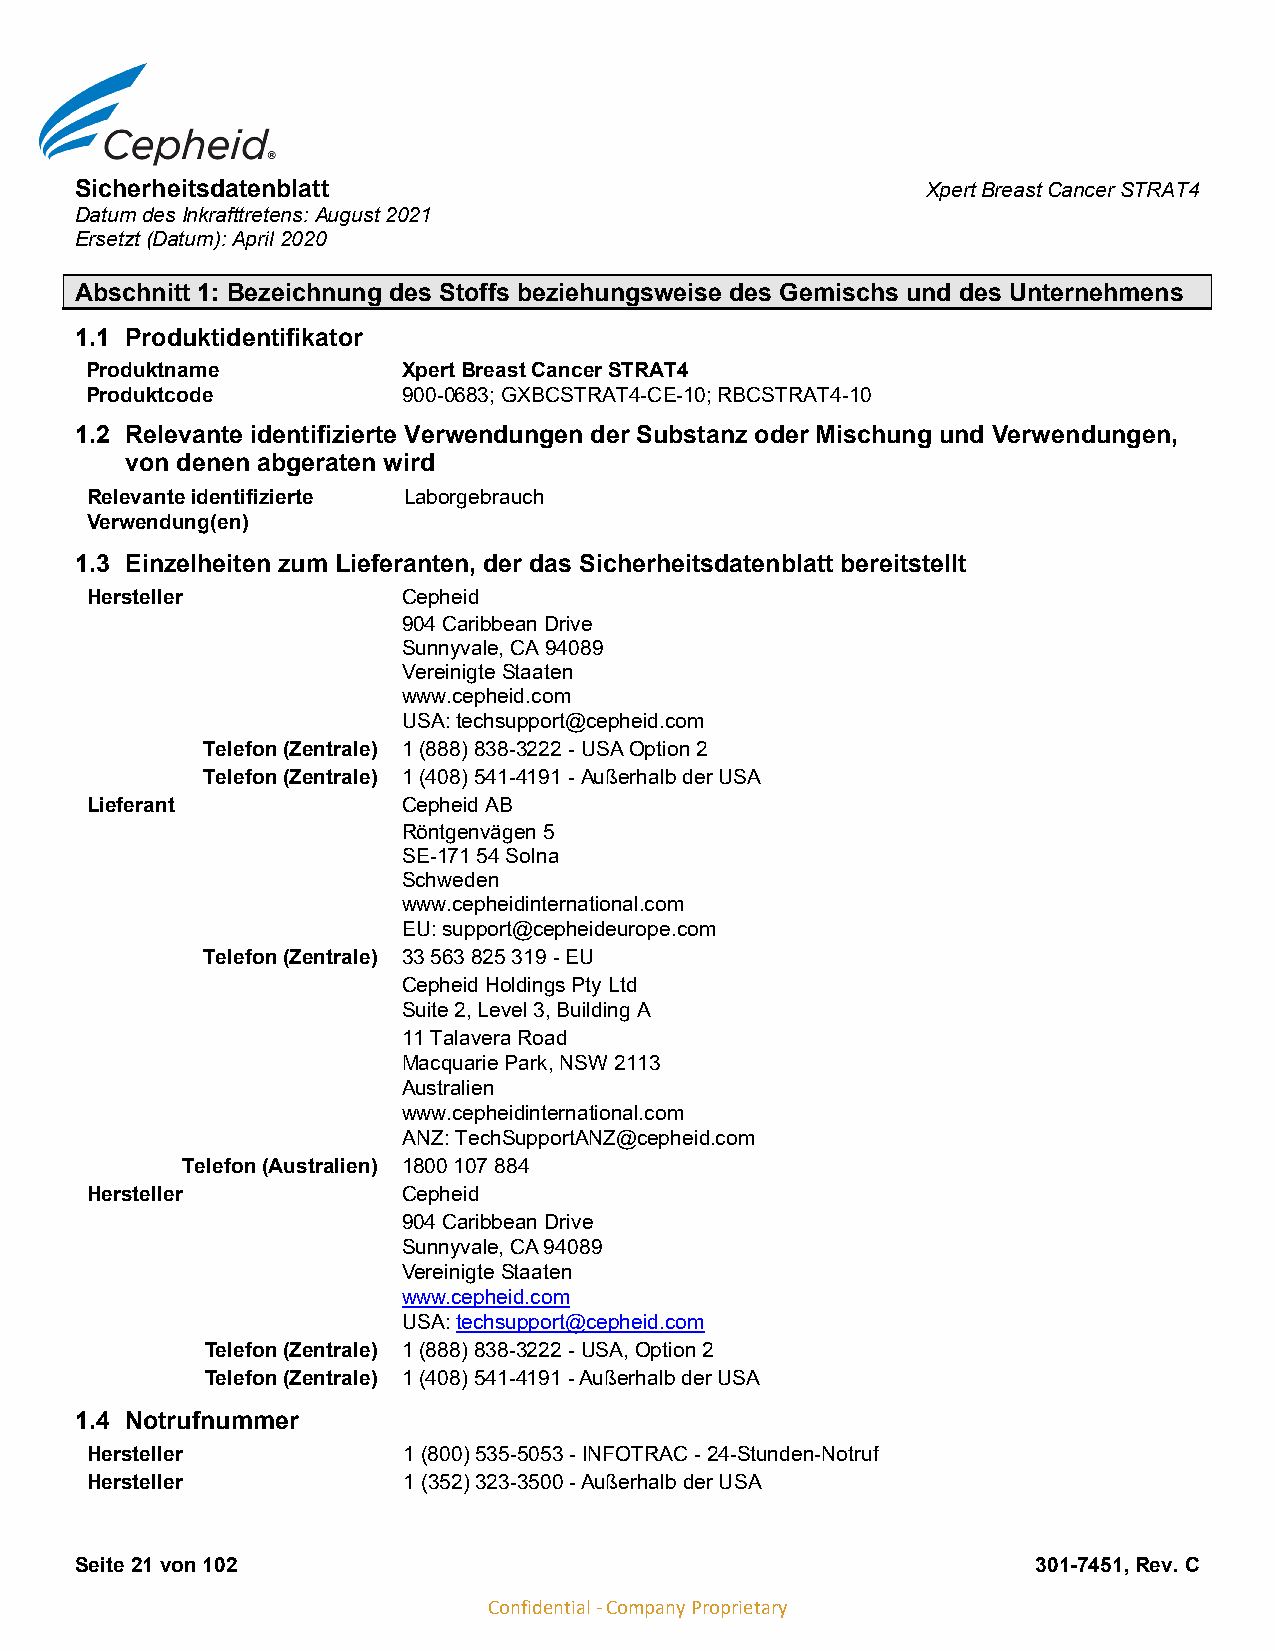
Sicherheitsdatenblatt                                   Xpert Breast Cancer STRAT4
 Datum des Inkrafttretens: August 2021
 Ersetzt (Datum): April 2020
 Abschnitt 1: Bezeichnung des Stoffs beziehungsweise des Gemischs und des Unternehmens
 1.1 Produktidentifikator
 Produktname          Xpert Breast Cancer STRAT4
 Produktcode          900-0683; GXBCSTRAT4-CE-10; RBCSTRAT4-10
 1.2 Relevante identifizierte Verwendungen der Substanz oder Mischung und Verwendungen,
 von denen abgeraten wird
 Relevante identifizierte Laborgebrauch
 Verwendung(en)
 1.3 Einzelheiten zum Lieferanten, der das Sicherheitsdatenblatt bereitstellt
 Hersteller           Cepheid
 904 Caribbean Drive
 Sunnyvale, CA 94089
 Vereinigte Staaten
 www.cepheid.com
 USA: techsupport@cepheid.com
 Telefon (Zentrale) 1 (888) 838-3222 - USA Option 2
 Telefon (Zentrale) 1 (408) 541-4191 - Außerhalb der USA
 Lieferant            Cepheid AB
 Röntgenvägen 5
 SE-171 54 Solna
 Schweden
 www.cepheidinternational.com
 EU: support@cepheideurope.com
 Telefon (Zentrale) 33 563 825 319 - EU
 Cepheid Holdings Pty Ltd
 Suite 2, Level 3, Building A
 11 Talavera Road
 Macquarie Park, NSW 2113
 Australien
 www.cepheidinternational.com
 ANZ: TechSupportANZ@cepheid.com
 Telefon (Australien) 1800 107 884
 Hersteller           Cepheid
 904 Caribbean Drive
 Sunnyvale, CA 94089
 Vereinigte Staaten
 www.cepheid.com
 USA: techsupport@cepheid.com
 Telefon (Zentrale) 1 (888) 838-3222 - USA, Option 2
 Telefon (Zentrale) 1 (408) 541-4191 - Außerhalb der USA
 1.4 Notrufnummer
 Hersteller           1 (800) 535-5053 - INFOTRAC - 24-Stunden-Notruf
 Hersteller           1 (352) 323-3500 - Außerhalb der USA
 Seite 21 von 102                                                301-7451, Rev. C
 Confidential - Company Proprietary